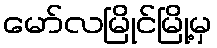
မော်လမြိုင်မြို့မှ